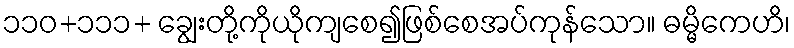
၁၁၀+၁၁၁+ ချွေးတို့ကိုယိုကျစေ၍ဖြစ်စေအပ်ကုန်သော။ ဓမ္မိကေဟိ၊